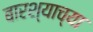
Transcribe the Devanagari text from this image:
बारश्याच्या